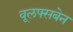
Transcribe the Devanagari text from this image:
वूलफ्सबेन